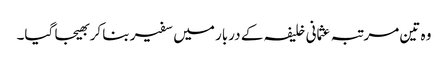
وہ تین مرتبہ عثمانی خلیفہ کے دربار میں سفیر بنا کر بھیجا گیا۔